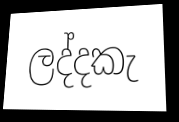
ලද්දකැ